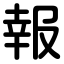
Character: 報